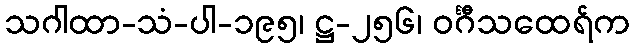
သဂါထာ-သံ-ပါ-၁၉၅၊ ဋ္ဌ-၂၅၆၊ ဝင်္ဂီသထေရ်က